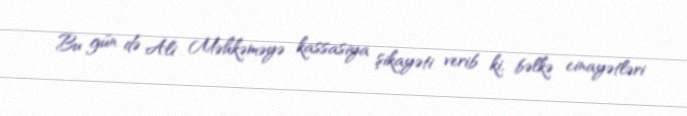
Bu gün də Ali Məhkəməyə kassasiya şikayəti verib ki, bəlkə cinayətləri